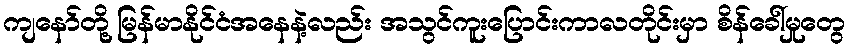
ကျနော်တို့ မြန်မာနိုင်ငံအနေနဲ့လည်း အသွင်ကူးပြောင်းကာလတိုင်းမှာ စိန်ခေါ်မှုတွေ